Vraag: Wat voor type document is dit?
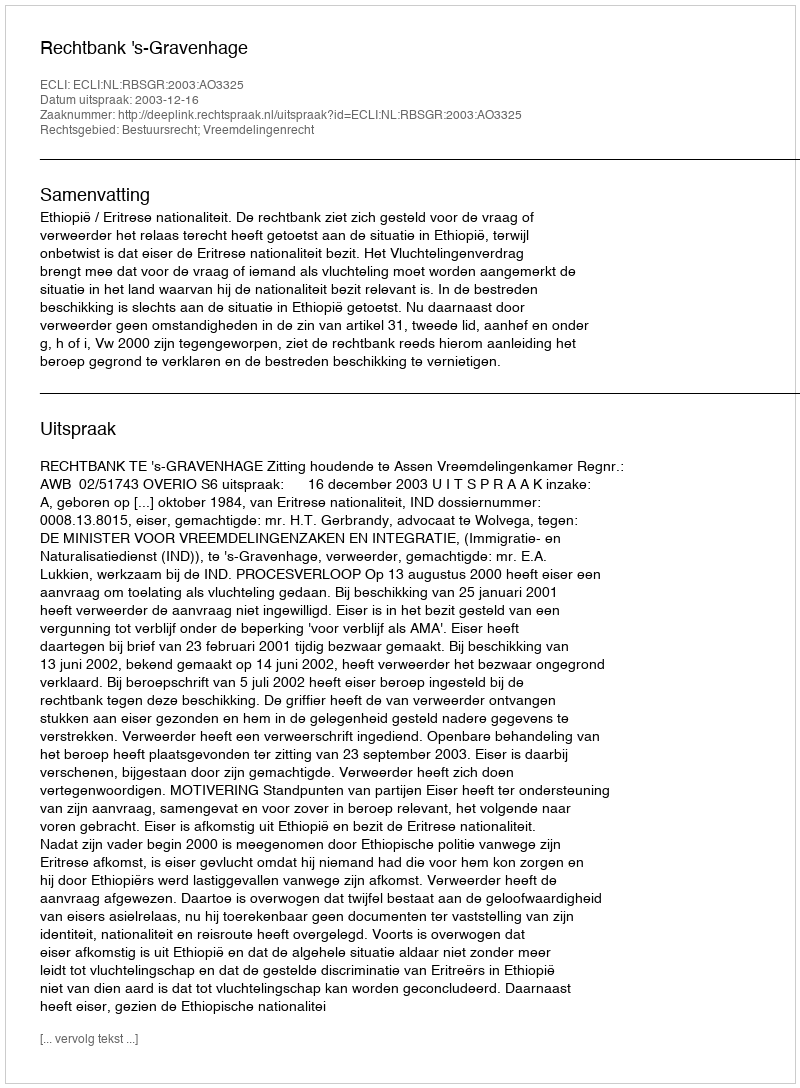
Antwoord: Uitspraak